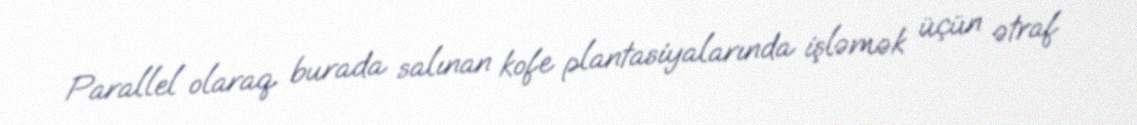
Parallel olaraq burada salınan kofe plantasiyalarında işləmək üçün ətraf